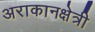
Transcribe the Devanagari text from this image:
अराकानक्षेत्री